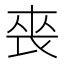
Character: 䘮